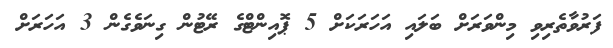
ފަރުވާތެރިވި މިންވަރަށް ބަލައި އަހަރަކަށް 5 ޕޮއިންޓްގެ ރޭޓުން ގިނަވެގެން 3 އަހަރަށް